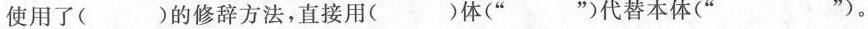
使用了( )的修辞方法，直接用( )体(” ”)代替本体(” ”)。